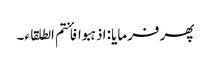
پھر فرمایا: اذہبوا فأنتم الطلقاء۔